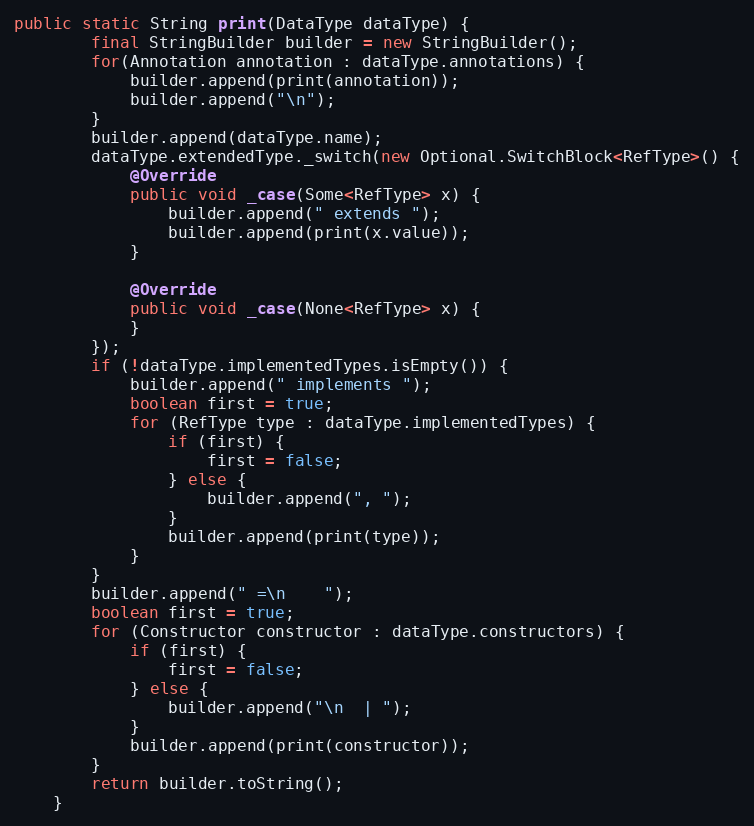
Language: Java
public static String print(DataType dataType) {
        final StringBuilder builder = new StringBuilder();
        for(Annotation annotation : dataType.annotations) {
            builder.append(print(annotation));
            builder.append("\n");
        }
        builder.append(dataType.name);
        dataType.extendedType._switch(new Optional.SwitchBlock<RefType>() {
            @Override
            public void _case(Some<RefType> x) {
                builder.append(" extends ");
                builder.append(print(x.value));
            }

            @Override
            public void _case(None<RefType> x) {
            }
        });
        if (!dataType.implementedTypes.isEmpty()) {
            builder.append(" implements ");
            boolean first = true;
            for (RefType type : dataType.implementedTypes) {
                if (first) {
                    first = false;
                } else {
                    builder.append(", ");
                }
                builder.append(print(type));
            }
        }
        builder.append(" =\n    ");
        boolean first = true;
        for (Constructor constructor : dataType.constructors) {
            if (first) {
                first = false;
            } else {
                builder.append("\n  | ");
            }
            builder.append(print(constructor));
        }
        return builder.toString();
    }